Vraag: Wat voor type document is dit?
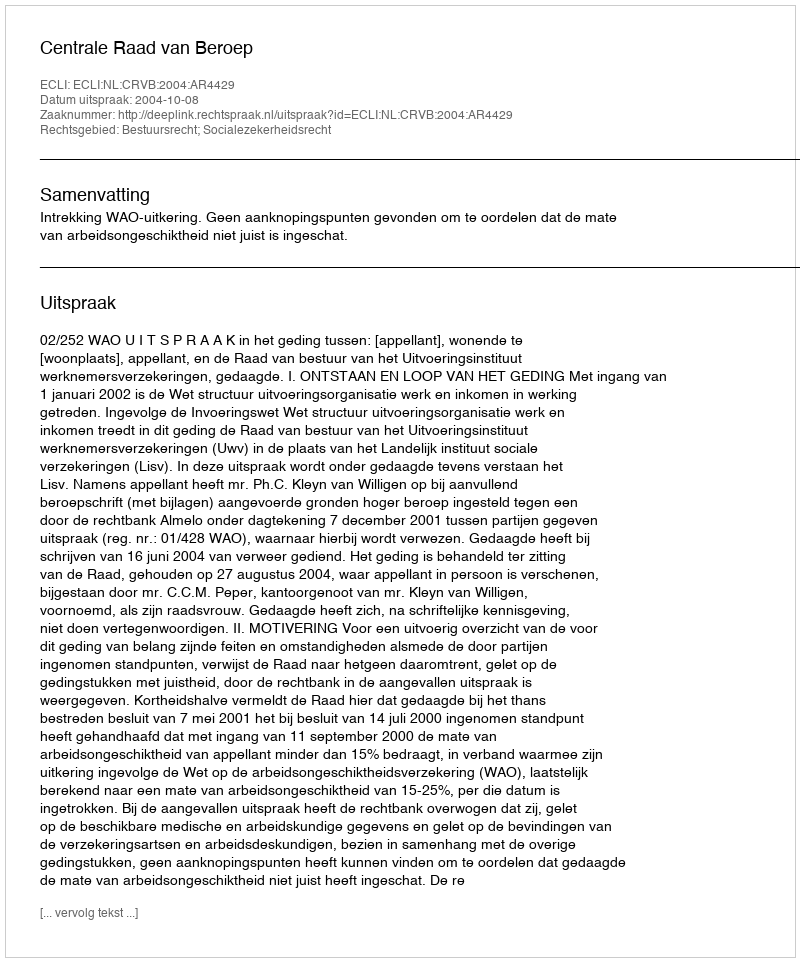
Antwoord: Uitspraak